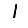
Digit: 1